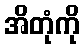
အိတုံကို